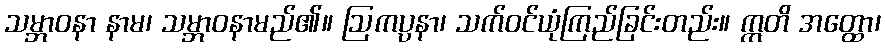
သမ္ဘာဝနာ နာမ၊ သမ္ဘာဝနာမည်၏။ ဩကပ္ပနာ၊ သက်ဝင်ယုံကြည်ခြင်းတည်း။ ဣတိ အတ္ထော၊